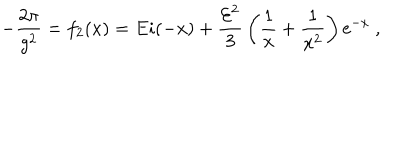
- { \frac { 2 \pi } { g ^ { 2 } } } = f _ { 2 } ( x ) = E i ( - x ) + { \frac { { \cal E } ^ { 2 } } { 3 } } \left( { \frac { 1 } { x } } + { \frac { 1 } { x ^ { 2 } } } \right) { \mathrm e } ^ { - x } \ ,